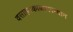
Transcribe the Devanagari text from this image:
वसाहतकाळादरम्यान